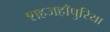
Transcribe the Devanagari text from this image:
शहजहाँपुरिया